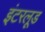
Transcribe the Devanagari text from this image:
इंटरलूड